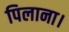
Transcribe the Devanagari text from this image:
पिलाना।